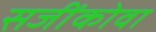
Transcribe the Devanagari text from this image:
सजींकोवा